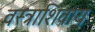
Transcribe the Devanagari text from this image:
वस्त्राशिवाय